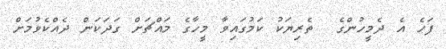
ފަހެ އެ ދެމީހުންގެ  ތެރިޔަކު ކަމުގައިވާ މީހާގެ މައްޗަށް ގަދަކަން ދެއްކެވުމަށް